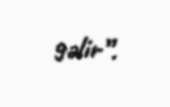
gəlir”.